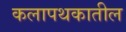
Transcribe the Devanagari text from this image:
कलापथकातील